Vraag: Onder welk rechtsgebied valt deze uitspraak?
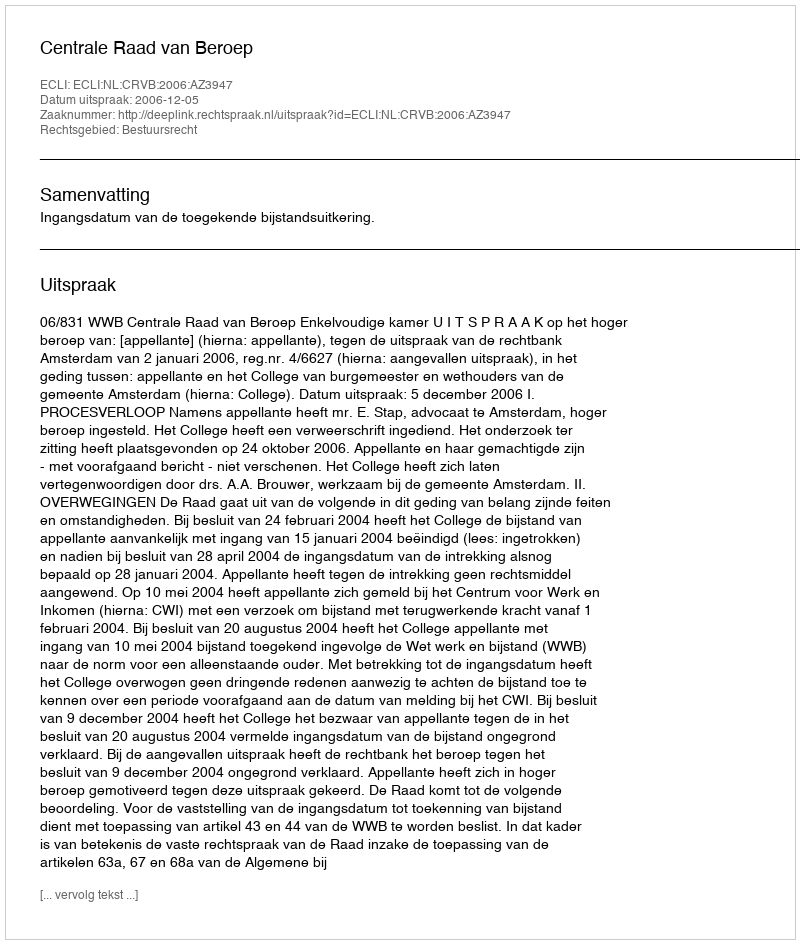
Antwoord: Bestuursrecht